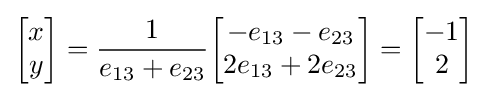
{\begin{bmatrix}x\\y\end{bmatrix}}={\frac {1}{{e}_{13}+{e}_{23}}}{\begin{bmatrix}{-{e}_{13}-{e}_{23}}\\{2{e}_{13}+2{e}_{23}}\\\end{bmatrix}}={\begin{bmatrix}-1\\2\end{bmatrix}}